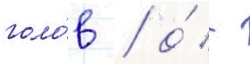
голо́в / о́ -